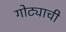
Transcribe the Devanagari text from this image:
गोट्याची